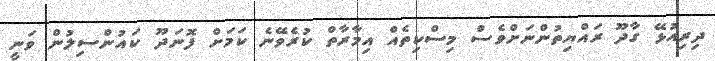
ދިރިއުޅޭ ގާދޫ ރައްޔިތުންނަށްވެސް މިސްކިތެއް އިމާރާތް ކުރެވޭނެ ކަމަށް ފޮނަދޫ ކައުންސިލުން ވަނީ